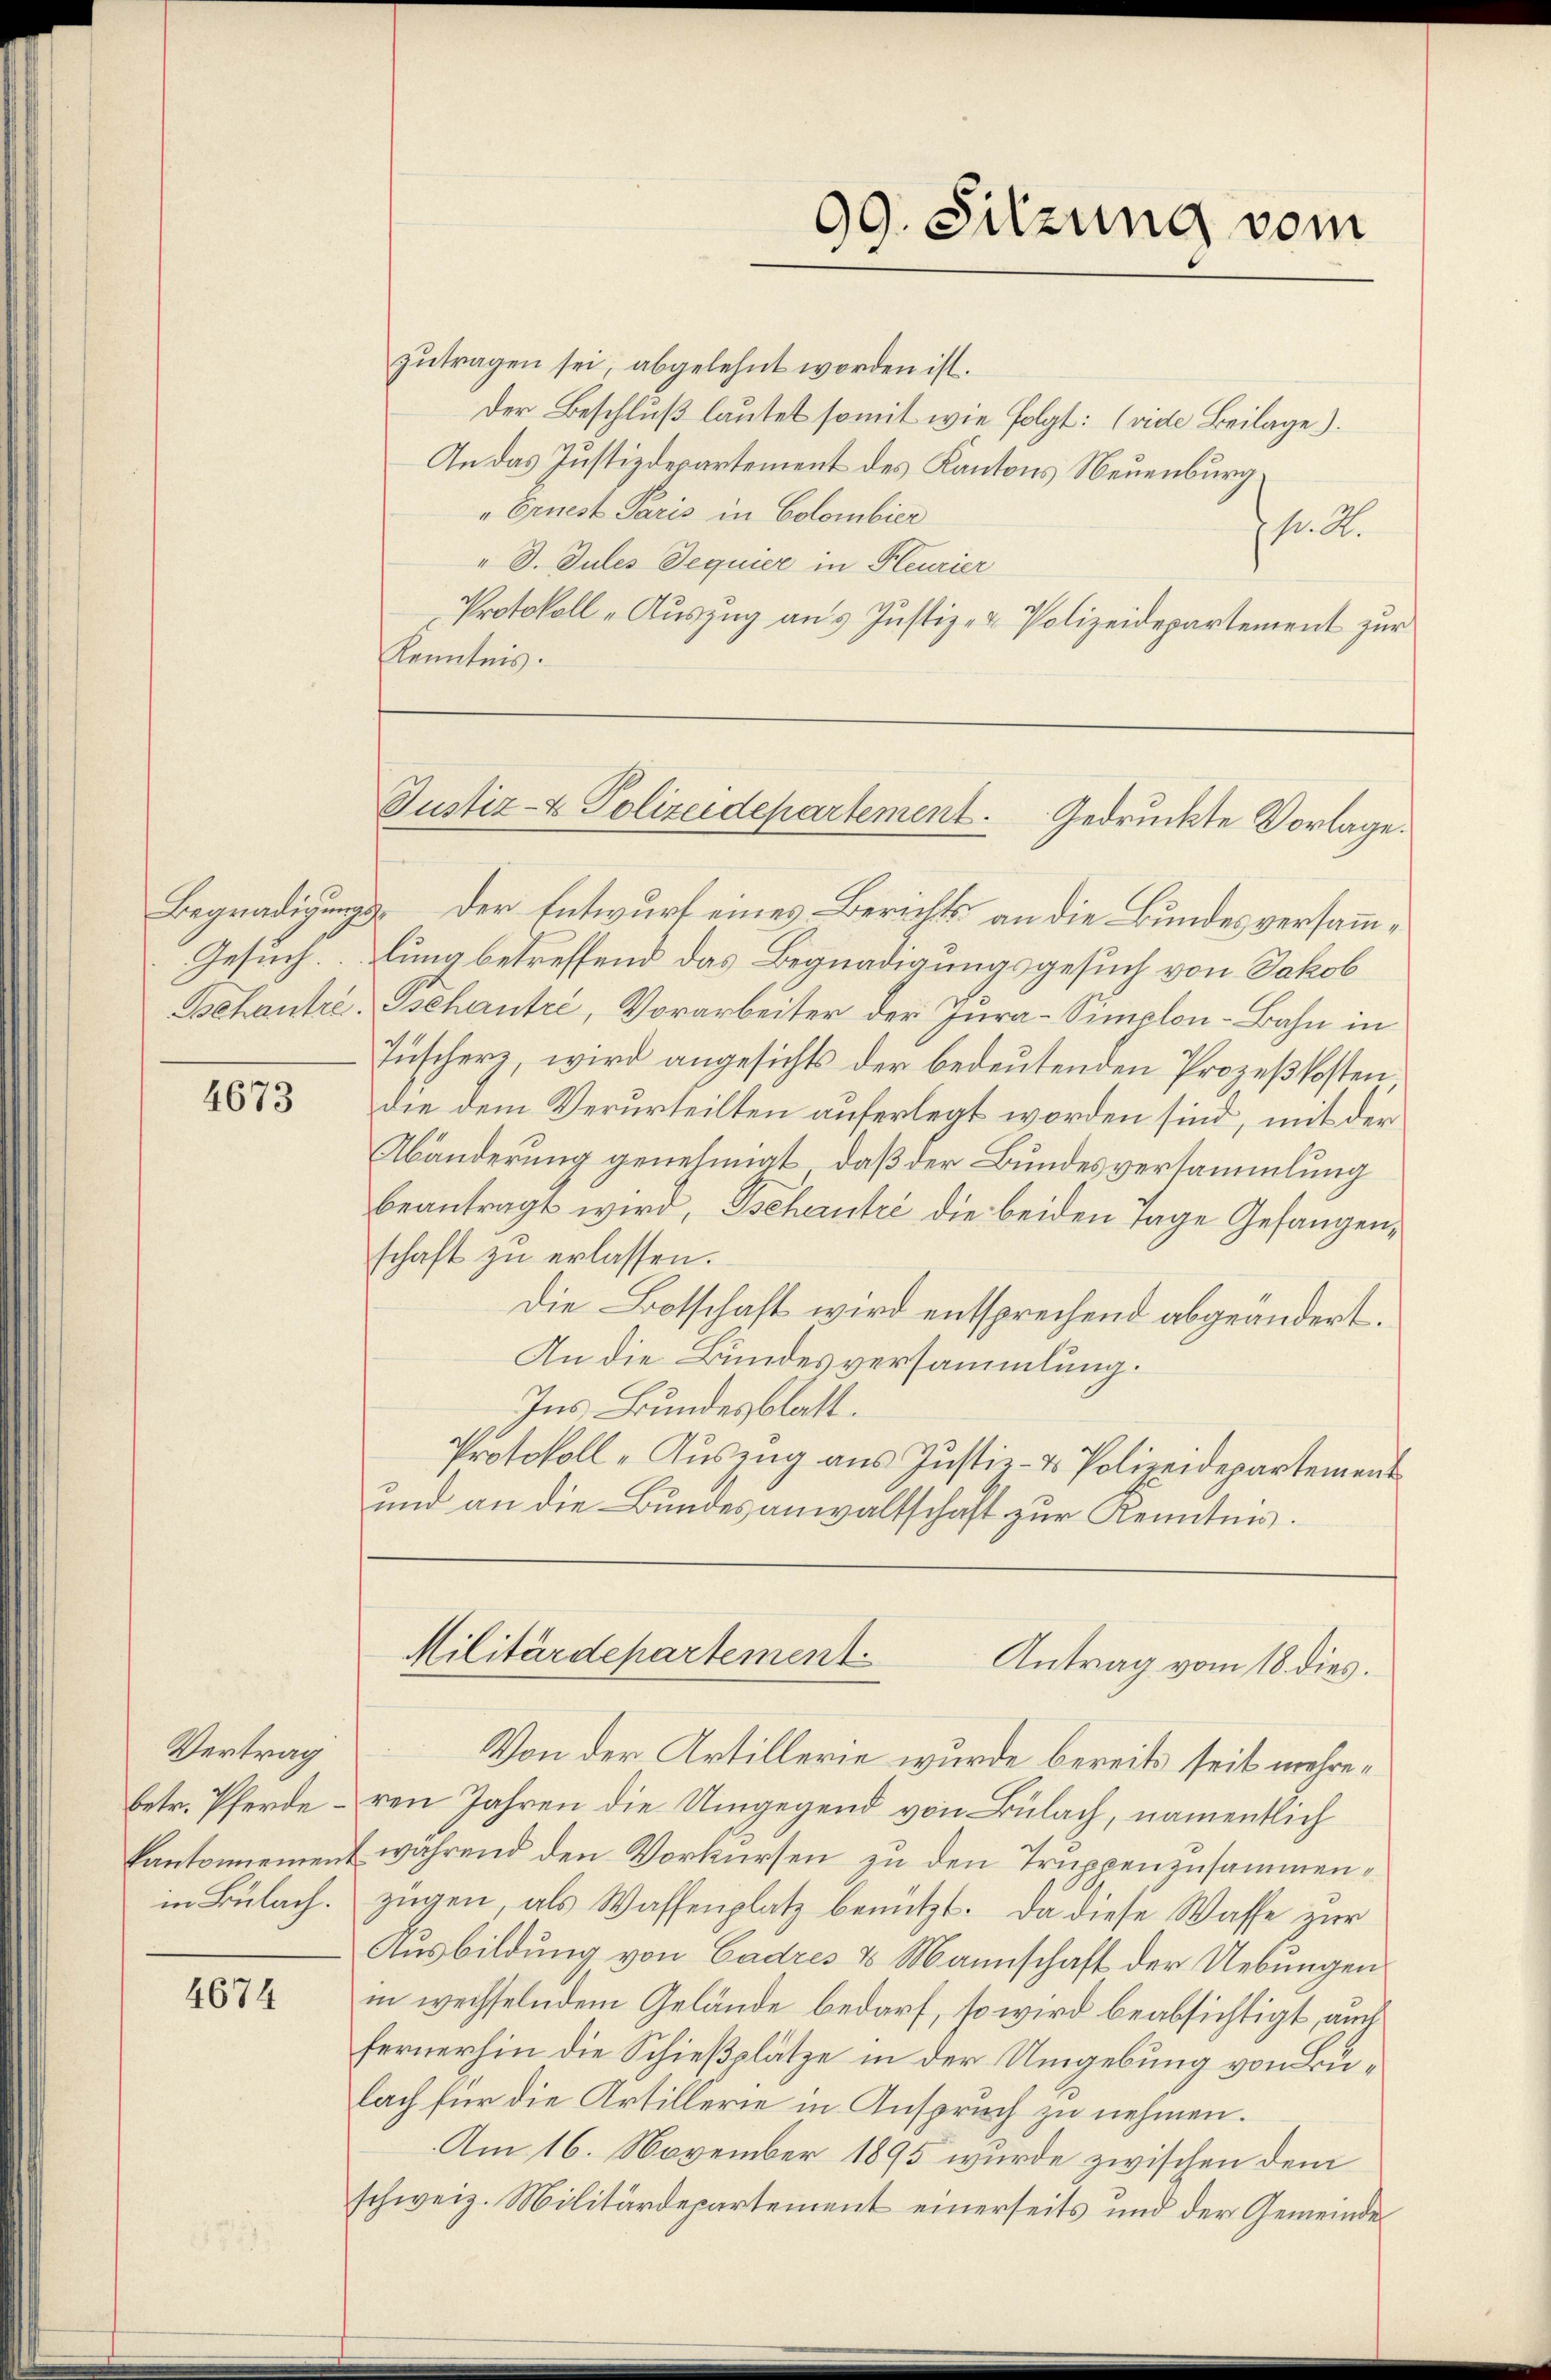
4673

Vertrag
betr. Pferde
in Bülach.

4674

zutragen sei, abgelehnt worden ist.
Der Beschluß lautet somit wie folgt: (vide Beilage).
An das Justizdepartement des Kantons Neuenburg.
" Ernest Paris in Colombier
h. A.
" D. Tules Sequier in Feurier
Protokoll - Auszug aus Justiz- & Polizeidepartement zur
Kenntnis.

99. Sitzung vom

Justiz- & Polizeidepartement. Gedruckte Vorlage.

Begnadigung der Entwurf eines Berichts an die Bundes versamm¬
Gesuchung betreffend das Begnadigungsgesuch von Jakob
Behautre. Behautre, Vorarbeiter der Jura-Simplon-Bahn in
Jüscherz, wird angesichts der bedeutenden Prozeßkosten
die dem Verurteilten auferlegt worden sind, mit der
Abänderung genehmigt, daß der Bundesversammlung
beantragt wird, Tscheintre die beiden Tage Gefangen,
schaft zu erlassen.
Die Botschaft wird entsprechend abgeändert.
An die Bundesversammlung.
Ins Bundesblatt.
Protokoll-Auszug aus Justiz- & Polizeidepartement
und an die Bundesanwaltschaft zur Kenntnis.

Militärdepartement
Antrag vom 18. dies.

Von der Artillerie wurde bereits seit mehreren Jahren die Umgegend von Bülach, namentlich
kantonnement während den Vorkursen zu den Truppenzusammenzügen, als Waffenplatz benützt. Da diese Wasse zur
Ausbildung von Cadres 8 Mannschaft der Uebungen
in wechselndem Gelände bedarf, so wird beabsichtigt, auch
fernerhin die Schießplätze in der Umgebung von Bulach für die Artillerie in Anspruch zu nehmen.
Am 16. November 1895 wurde zwischen dem
schweiz. Militärdepartement einerseits und der Gemeinde¬